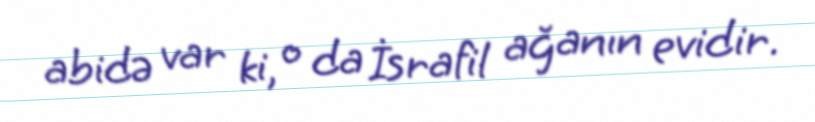
abidə var ki, o da İsrafil ağanın evidir.